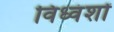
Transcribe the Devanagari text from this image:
विध्वंशों